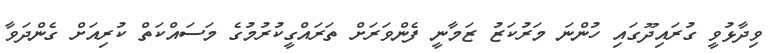
ވިދާޅުވީ ގުރައިދޫގައި ހުންނަ މަރުކަޒު ޒަމާނީ ފެންވަރަށް ތަރައްގީކުރުމުގެ މަސައްކަތް ކުރިއަށް ގެންދަވާ